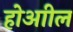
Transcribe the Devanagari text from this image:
होआील